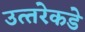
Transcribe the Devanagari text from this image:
उत्‍तरेकडे